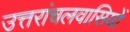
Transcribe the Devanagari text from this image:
उत्तरांचलवासियों